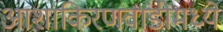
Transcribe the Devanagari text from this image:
आशाकिरणवाडीमध्ये